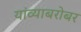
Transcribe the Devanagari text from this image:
यांव्याबरोबर